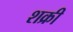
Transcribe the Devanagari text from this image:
शक्री